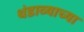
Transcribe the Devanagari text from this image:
थंडाव्याच्या